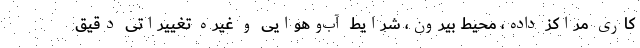
کاری مراکز داده، محیط بیرون، شرایط آب‌وهوایی و غیره تغییراتی دقیق